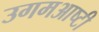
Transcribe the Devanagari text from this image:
उगमआष्टी